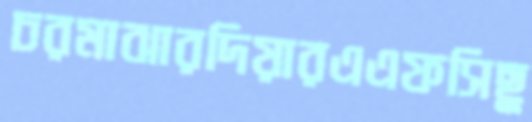
চরমাঝারদিয়ারএএফসিছু